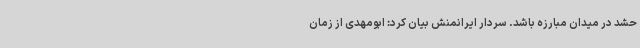
حشد در میدان مبارزه باشد. سردار ایرانمنش بیان کرد: ابومهدی از زمان